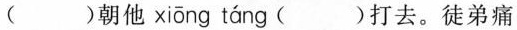
( )朝他 xiōng táng ( )打去。徒弟痛